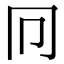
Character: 𠔽